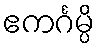
ဧကင်္ဂမ္ပိ